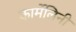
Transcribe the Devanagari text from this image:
कार्मेलिनी